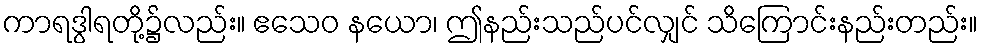
ကာရဒွါရတို့၌လည်း။ ဧသေဝ နယော၊ ဤနည်းသည်ပင်လျှင် သိကြောင်းနည်းတည်း။